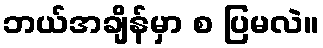
ဘယ်အချိန်မှာ စ ပြမလဲ။